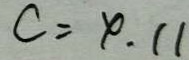
C = \varphi . 1 1